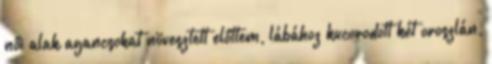
női alak agancsokat növesztett előttem, lábához kucorodott két oroszlán,